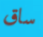
ساق